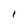
Character: 1